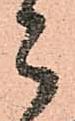
郎